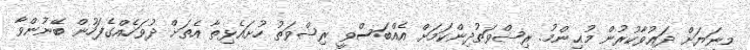
މީނަޔަށް ދަޢުވާކުރުން މުޙިންމު. ރިޝްވަތުދިންކަމަށް އެއްބަސްވީ ރިޝްވަތު ހުށައެޅިތާ އެތަށް ދުވަހެއްގެފަހުން ބޭނުންވާ